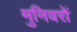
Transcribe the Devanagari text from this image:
मुनिवरों